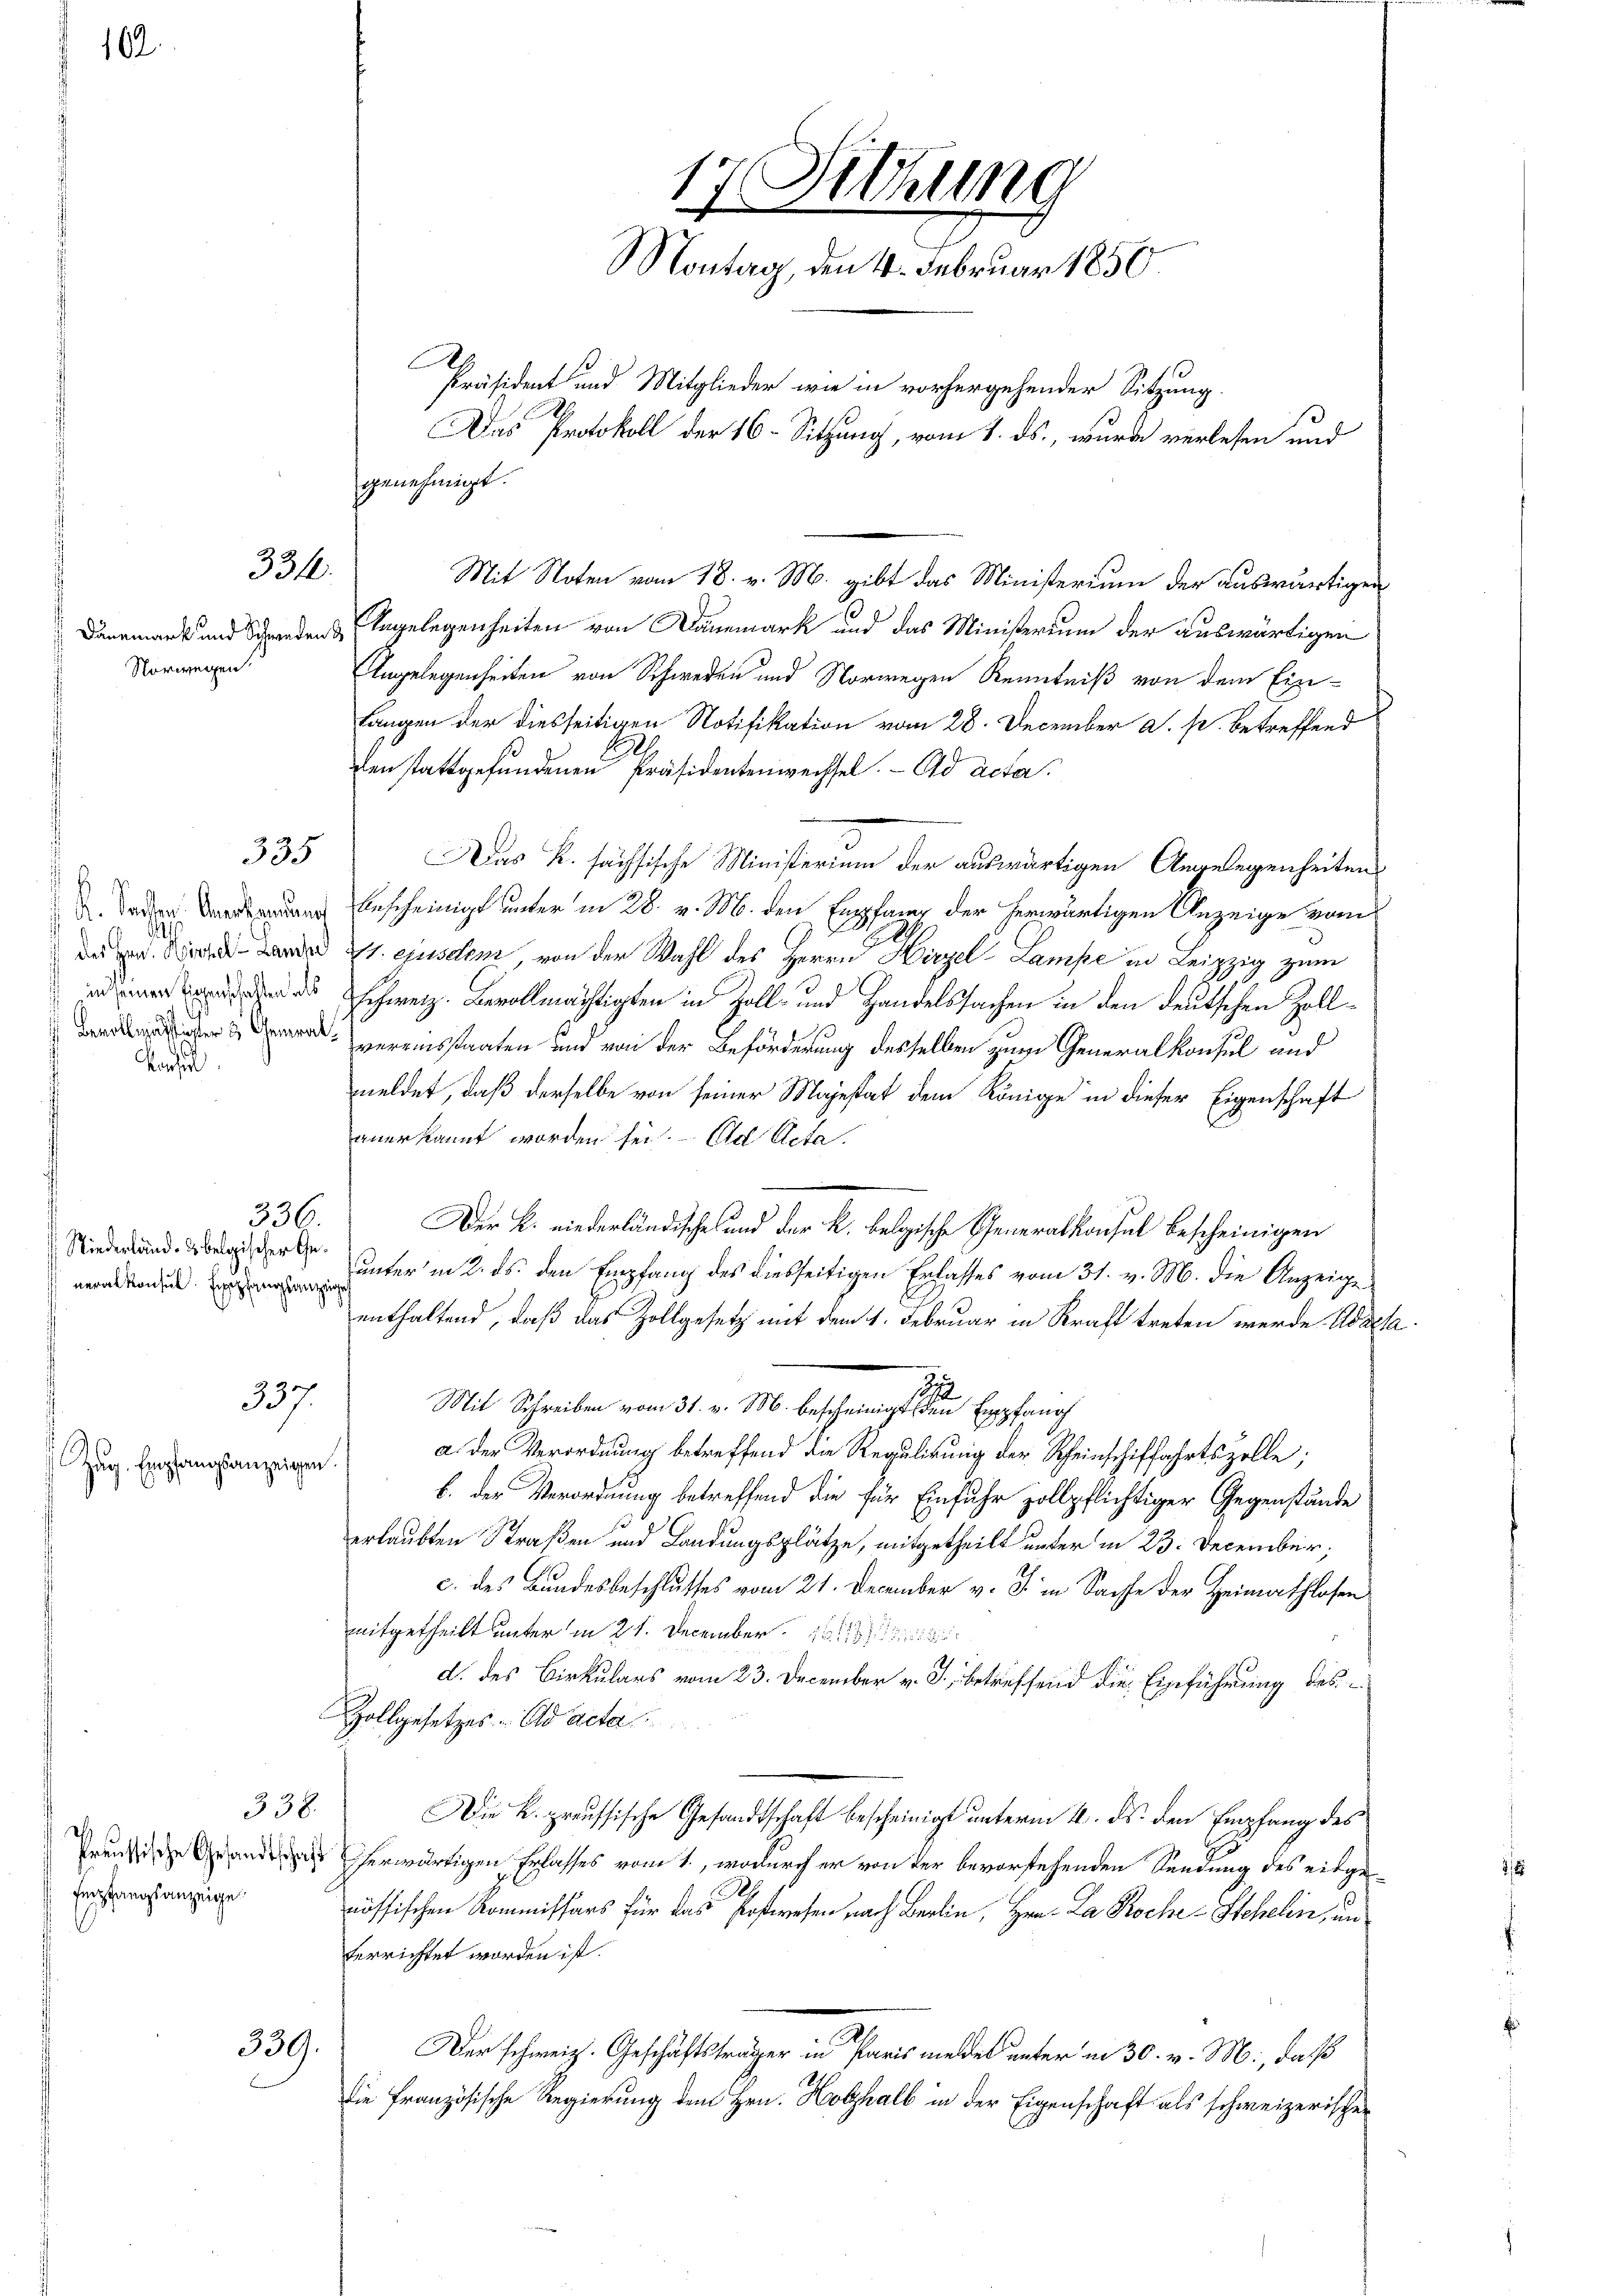
10.

.

Vorwegen

337.
Zug. Empfangsanzeigen.

Versihl

331.

335

Niederland- u. belgischer Generalkonsul Enpfangsanzung

336.

338.
Preussische Gesandtschaft
Empfangsanzeige

339.

r
genehmigt.
Mit Noten vom 18. v. M. gibt das Ministerium der auswärtigen
Bannmark und Schenden & Angelegenheiten von Bannmark und das Ministerium der auswärtigen
Angelegenheiten von Schweden und Vorwegen Kenntniß von dem Ein-
langen der diesseitigen Notifikation vom 28. December a. p. betreffend
den stattgefundenen Präsidentenwechsel. Ad acter
Das K. sächsische Ministerium der auswärtigen Angelegenheitens
Anscheinigt unter in 28. v. M. den Empfang der herwärtigen Anzeige vom
 1. ejusdem von der Wahl des Herrn Hirzel Lampe in Leipzig zum
 d schweiz. Bevollmächtigten in Zoll- und Handelssachen in den deutschen Zoll¬
 vereinsstaaten und von der Beförderung desselben zum Generalkonsul und
meldet, daß derselbe von seiner Majestat dem Könige in dieser Eigenschaft
anerkannt worden sei. Ad Acta.
Der K. niederländische und der k. belgische Generalkonsul bescheinigen
unter in 2. ds. den Empfang des diesseitigen Erlasses vom 31. v. M. die Anzeige
enthaltend, daß das Zollgesetz mit dem 1. Februar in Kraft treten werde. Adalla
i
Mit Schreiben vom 31. v. M. bescheinigt den Empfang
a der Verordnung betreffend die Regulirung der Scheinschiffahrtszolle;
b. der Verordnung betreffend die für Einfuhr zollpflichtiger Gegenstände
erlaubten Straßen und Landungsplätze, mitgetheilt unter in 23. December,
c. des Bundesbeschlusses vom 21. December v. J. in Sachte der Heimathlosen
mitgetheilt unter in 21. December
d. des Cirkulars vom 23. December v. J. betreffend die Einführung des
Zollgesetzes ad acta
Die K. preussische Gesandtschaft bescheinigt unterm 16. ds. den Empfang des
herwärtigen Erlasses vom 1., wodurch er von der bevorstehenden Sendung des eidge
nössischen Kommissars für das Postwesen nach Berlin, Hrn. La Roche Stecheln, un
terrichtet worden ist.
Der schweiz. Geschäftsträger in Paris meldet unter in 30. v. M., daß
die französische Regierung dem Hrn. Holzhalb in der Eigenschaft als schweizerischer

7
Vittung
17
Montag, den 4. Februar 1850.
Präsident und Mitglieder wie in vorhergehender Sitzung.
.
Das Protokoll der 16. Sitzung, vom 1. ds., wurde verlesen und